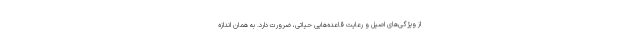
از ویژگی‌های اصیل و رعایت قاعده‌هایی حیاتی، ضرورت دارد. به همان اندازه